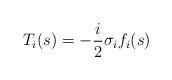
LaTeX: \begin{align*}T_i(s)=-\frac{i}{2}\sigma_i f_i(s)\end{align*}